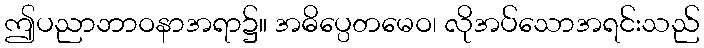
ဤပညာဘာဝနာအရာ၌။ အဓိပ္ပေတမေဝ၊ လိုအပ်သောအရင်းသည်